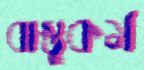
বাস্তুকর্ম